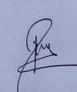
Signature authenticity: genuine